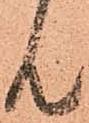
共